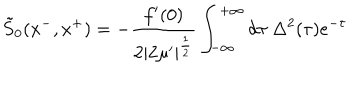
\tilde { S } _ { 0 } ( x ^ { - } , x ^ { + } ) = - { \frac { f ^ { \prime } ( 0 ) } { 2 | 2 \mu ^ { \prime } | ^ { \frac { 1 } { 2 } } } } \int _ { - \infty } ^ { + \infty } d \tau \ \Delta ^ { 2 } ( \tau ) e ^ { - \tau }